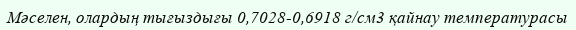
Мәселен, олардың тығыздығы 0,7028-0,6918 г/см3 қайнау температурасы